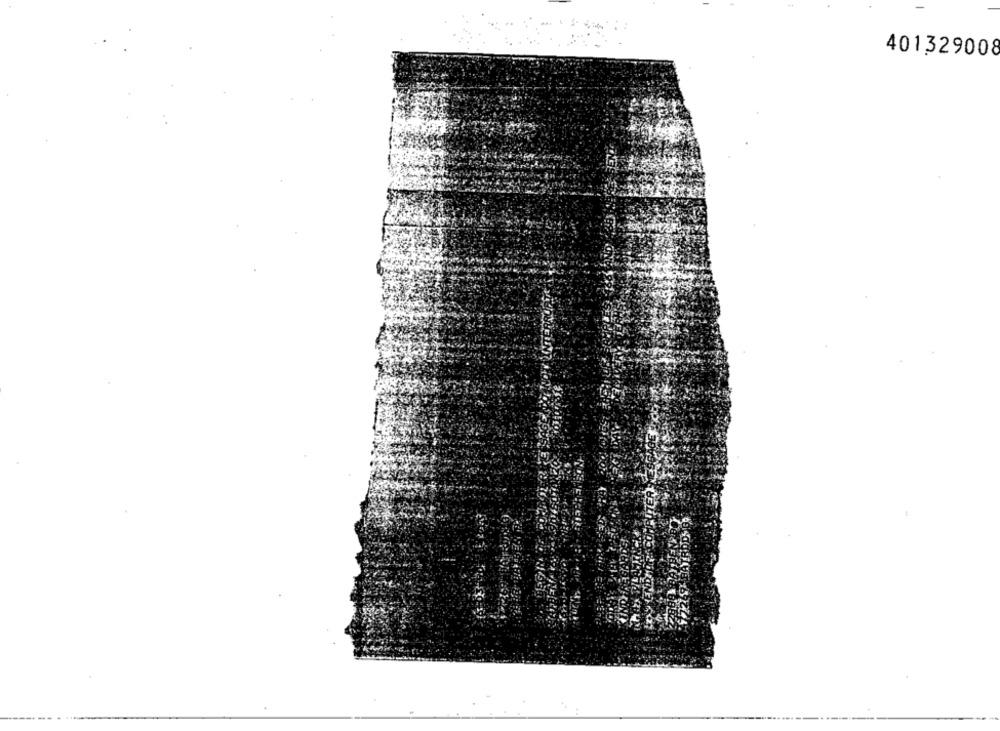
401329008